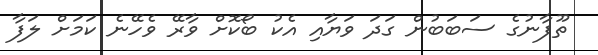
ތޫފާނުގެ ސަބަބުން ގަދަ ވަޔާއި އެކު ބޯކޮށް ވާރޭ ވެހޭނެ ކަމަށް ލަފާ